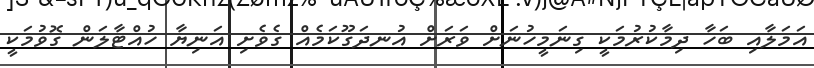
އަމަލާއި ބަހާ ދިމާކުރުމަކީ ގިނަމީހުނަށް ވަރަށް އުނދަގޫކަމެއް ގެވެށި އަނިޔާ ހުއްޓާލަން ގޮވުމަކީ